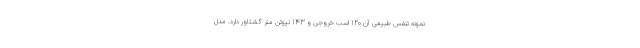
نمونه تنفس طبیعی آن 120 اسب خروجی و 143 نیوتن متر گشتاور دارد. مدل